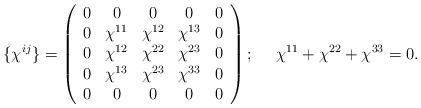
LaTeX: \begin{align*}\{ \chi^{ij} \} = \left( \begin{array} {ccccc}0 & 0 & 0 & 0 & 0 \\0 & \chi^{11} & \chi^{12} & \chi^{13} & 0 \\0 & \chi^{12} & \chi^{22} & \chi^{23} & 0 \\0 & \chi^{13} & \chi^{23} & \chi^{33} & 0 \\0 & 0 & 0 & 0 & 0 \end{array} \right); ~~~~ \chi^{11} + \chi^{22} + \chi^{33} =0.\end{align*}